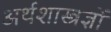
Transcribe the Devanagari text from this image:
अर्थशास्त्रज्ञों